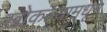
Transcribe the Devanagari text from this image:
खोकल्यामधून